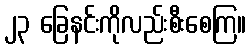
၂၃ ခြေနင်းကိုလည်းစီးစေကြ။